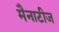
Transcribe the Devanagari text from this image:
मैनाटीज